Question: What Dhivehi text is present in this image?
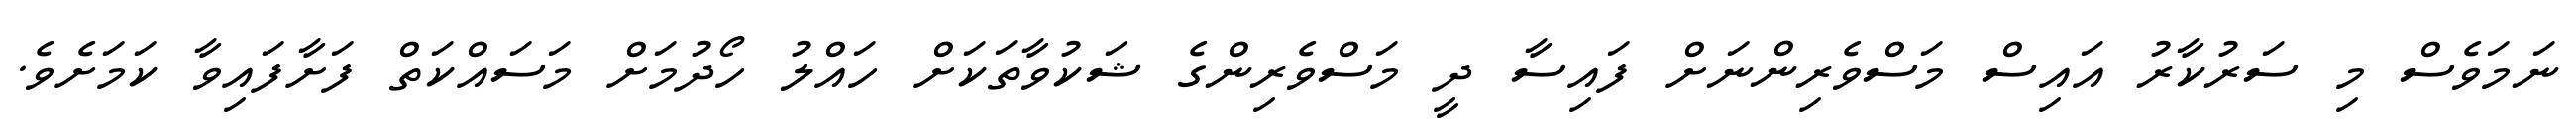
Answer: ނަމަވެސް މި ސަރުކާރު އައިސް މަސްވެރިންނަށް ފައިސާ ދީ މަސްވެރިންގެ ޝަކުވާތަކަށް ހައްލު ހޯދުމަށް މަސައްކަތް ފަށާފައިވާ ކަމަށެވެ.